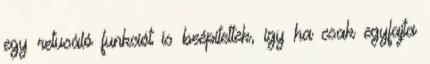
egy retusáló funkciót is beépítettek, így ha csak egyfajta